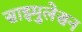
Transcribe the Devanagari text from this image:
साइमुलेसन